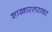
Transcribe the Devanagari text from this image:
शाखास्तरावर